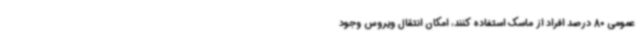
عمومی 80 درصد افراد از ماسک استفاده کنند، امکان انتقال ویروس وجود